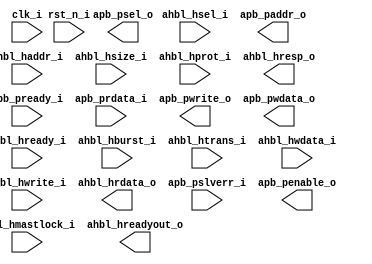
/*******************************************************************************
    Verilog netlist generated by IPGEN Lattice Propel (64-bit)
    2.0.2103172220
    Soft IP Version: 1.0.6
    2021 03 26 11:17:51
*******************************************************************************/
/*******************************************************************************
    Wrapper Module generated per user settings.
*******************************************************************************/
module ahbl2apb0 (clk_i, rst_n_i, ahbl_hsel_i, ahbl_hready_i, ahbl_haddr_i,
    ahbl_hburst_i, ahbl_hsize_i, ahbl_hmastlock_i, ahbl_hprot_i, ahbl_htrans_i,
    ahbl_hwdata_i, ahbl_hwrite_i, ahbl_hreadyout_o, ahbl_hresp_o,
    ahbl_hrdata_o, apb_pready_i, apb_pslverr_i, apb_prdata_i, apb_psel_o,
    apb_paddr_o, apb_pwrite_o, apb_pwdata_o, apb_penable_o)/* synthesis syn_black_box syn_declare_black_box=1 */;
    input  clk_i;
    input  rst_n_i;
    input  ahbl_hsel_i;
    input  ahbl_hready_i;
    input  [31:0]  ahbl_haddr_i;
    input  [2:0]  ahbl_hburst_i;
    input  [2:0]  ahbl_hsize_i;
    input  ahbl_hmastlock_i;
    input  [3:0]  ahbl_hprot_i;
    input  [1:0]  ahbl_htrans_i;
    input  [31:0]  ahbl_hwdata_i;
    input  ahbl_hwrite_i;
    output  ahbl_hreadyout_o;
    output  ahbl_hresp_o;
    output  [31:0]  ahbl_hrdata_o;
    input  apb_pready_i;
    input  apb_pslverr_i;
    input  [31:0]  apb_prdata_i;
    output  apb_psel_o;
    output  [31:0]  apb_paddr_o;
    output  apb_pwrite_o;
    output  [31:0]  apb_pwdata_o;
    output  apb_penable_o;
endmodule